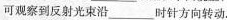
可观察到反射光束沿___时针方向转动。